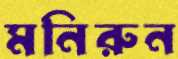
মনিরুন